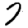
Digit: 7